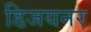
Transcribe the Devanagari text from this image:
डिजयनर